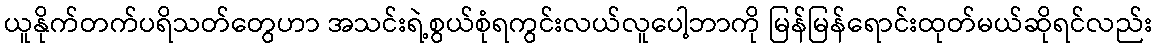
ယူနိုက်တက်ပရိသတ်တွေဟာ အသင်းရဲ့စွယ်စုံရကွင်းလယ်လူပေါ့ဘာကို မြန်မြန်ရောင်းထုတ်မယ်ဆိုရင်လည်း